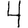
Digit: 4